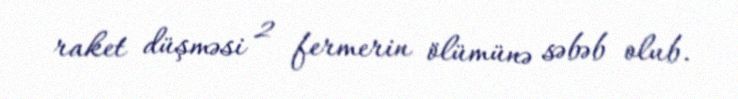
raket düşməsi 2 fermerin ölümünə səbəb olub.